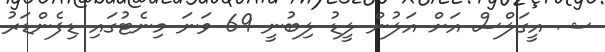
ޝ އީގަލްސް އަށް އަލުން ލީޑު ލިބުނީ 69 ވަނަ މިނެޓުގައި ޑިފެންޑަރު